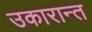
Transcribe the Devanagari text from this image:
उकारान्त